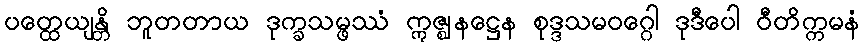
ပတ္ထေယျန္တိ ဘူတတာယ ဒုက္ခသမ္ဖဿံ ဣဇ္ဈနဋ္ဌေန စုဒ္ဒသမဝဂ္ဂေါ ဒုဒီပေါ ဝီတိက္ကမနံ